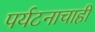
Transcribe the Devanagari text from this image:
पर्यटनाचाही